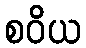
စဝိယ